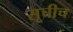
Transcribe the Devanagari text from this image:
सूचीच